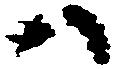
ハ